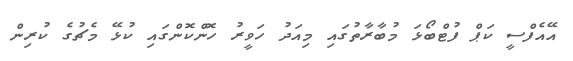
އޭއެފްސީ ކަޕް ފުޓްބޯޅަ މުބާރާތުގައި މިއަދު ހަވީރު ހޮންކޮންގައި ކުޅޭ މެޗުގެ ކުރިން